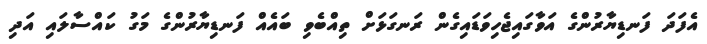
އެފަދަ ފަނޑިޔާރުންގެ އަވާގައިޖެހިވަޑައިގެން ރަނގަޅަށް ތިއްބެވި ބައެއް ފަނޑިޔާރުންގެ މަގު ކައްސާލައި އަދި